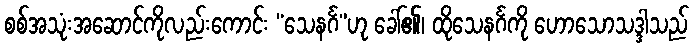
စစ်အသုံးအဆောင်ကိုလည်းကောင်း “သေနင်္ဂ”ဟု ခေါ်၏၊ ထိုသေနင်္ဂကို ဟောသောသဒ္ဒါသည်